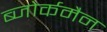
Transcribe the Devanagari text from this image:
ब्जोर्कमैन